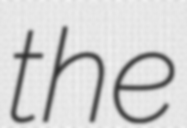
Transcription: the